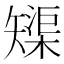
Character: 𱳦